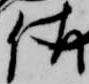
佐